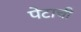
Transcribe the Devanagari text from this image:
पेटाची